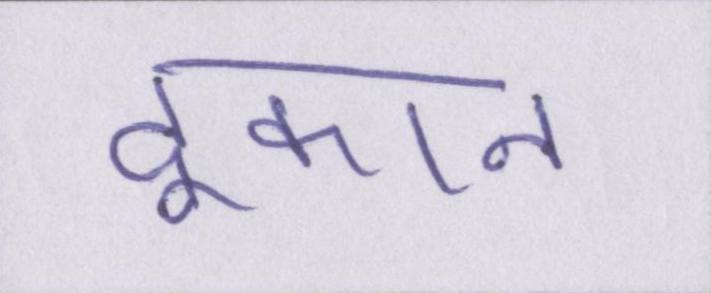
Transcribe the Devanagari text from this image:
दूकान